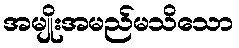
အမျိုးအမည်မသိသော